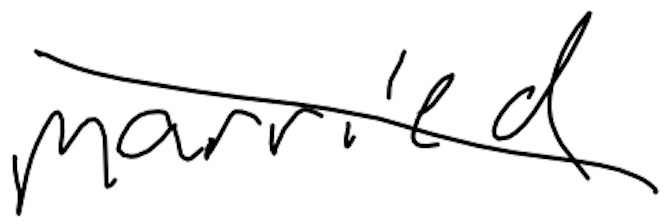
Text: married
Cross-out: diagonal
Writing tool: digital_black